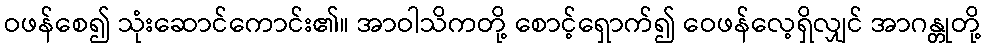
ဝဖန်စေ၍ သုံးဆောင်ကောင်း၏။ အာဝါသိကတို့ စောင့်ရှောက်၍ ဝေဖန်လေ့ရှိလျှင် အာဂန္တုတို့